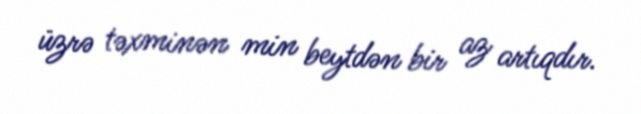
üzrə təxminən min beytdən bir az artıqdır.